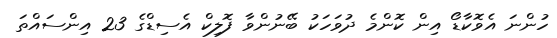
ހުންނަ އެވޮކާޑޯ އިން ކޮންމެ ދުވަހަކު ބޭނުންވާ ފޮލިކް އެސިޑްގެ 23 އިންސައްތަ